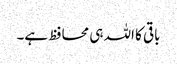
باقی کا اللہ ہی محافظ ہے۔